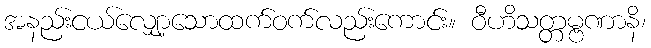
အနည်းငယ်လျှော့သောထက်ဝက်လည်းကောင်း။ ဝီဟိသတ္တမ္ဗဏာနိ၊